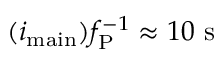
( i _ { \mathrm { m a i n } } ) f _ { \mathrm { P } } ^ { - 1 } \approx 1 0 ~ \mathrm { s }